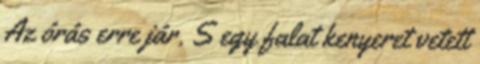
Az órás erre jár. S egy falat kenyeret vetett